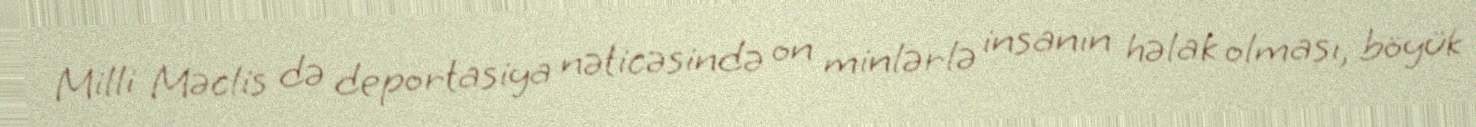
Milli Məclis də deportasiya nəticəsində on minlərlə insanın həlak olması, böyük